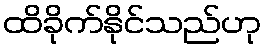
ထိခိုက်နိုင်သည်ဟု